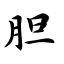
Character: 胆